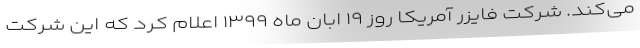
می‌کند. شرکت فایزر آمریکا روز ۱۹ ابان ماه ۱۳۹۹ اعلام کرد که این شرکت